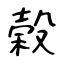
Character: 榖